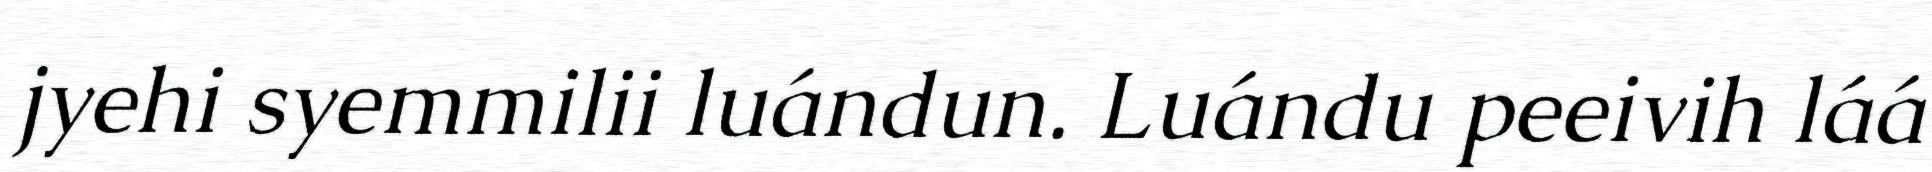
jyehi syemmilii luándun. Luándu peeivih láá